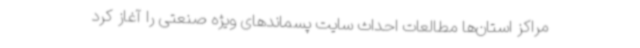
مراکز استان‌ها مطالعات احداث سایت پسماندهای ویژه صنعتی را آغاز کرد